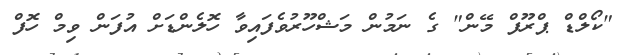
"ކޯލްޑް ޕްރޫފް މޭން" ގެ ނަމުން މަޝްހޫރުވެފައިވާ ހޮލެންޑަށް އުފަން ވިމް ހޮފް